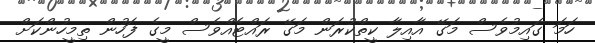
ހަމަ ގައިމުވެސް މަގޭ އާއިލާ ކީތްކުރަން މަގޭ ރައްޓެއްވެސް މީގެ ފަހުން ތިމީހުންކަށް